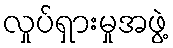
လှုပ်ရှားမှုအဖွဲ့